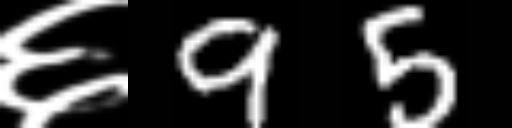
Text: ६95